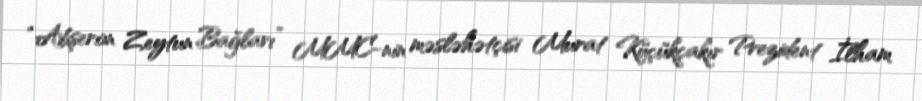
“Abşeron Zeytun Bağları” MMC-nin məsləhətçisi Murat Küçükçakır Prezident İlham